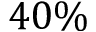
4 0 \%